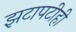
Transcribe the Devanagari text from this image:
झटापटीही